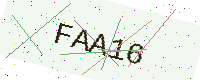
Text: FAA16